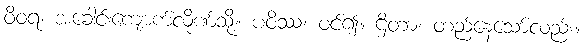
ဝိဝရံ၊ အခေါင်းကျောက်လိုဏ်သို့။ ပဝိဿ၊ ဝင်၍။ ဌိတာ၊ တည်နေသော်လည်း။